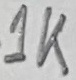
Text: 1k